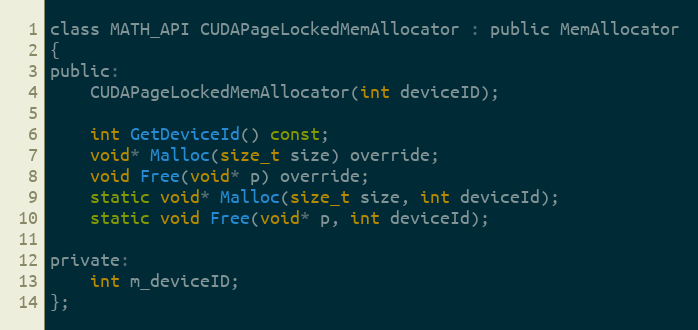
Language: C
class MATH_API CUDAPageLockedMemAllocator : public MemAllocator
{
public:
    CUDAPageLockedMemAllocator(int deviceID);

    int GetDeviceId() const;
    void* Malloc(size_t size) override;
    void Free(void* p) override;
    static void* Malloc(size_t size, int deviceId);
    static void Free(void* p, int deviceId);

private:
    int m_deviceID;
};